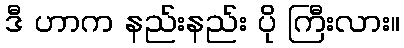
ဒီ ဟာက နည်းနည်း ပို ကြီးလား။